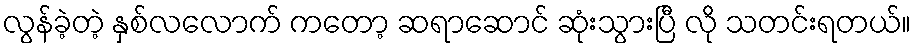
လွန်ခဲ့တဲ့ နှစ်လလောက် ကတော့ ဆရာဆောင် ဆုံးသွားပြီ လို သတင်းရတယ်။